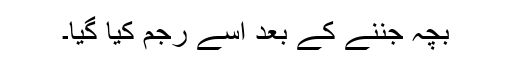
بچہ جننے کے بعد اسے رجم کیا گیا۔